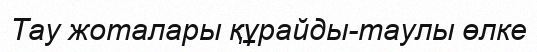
Тау жоталары құрайды-таулы өлке